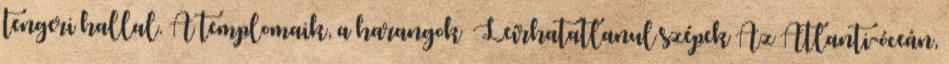
tengeri hallal. A templomaik, a harangok Leírhatatlanul szépek Az Atlanti-óceán,